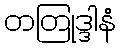
တတြုဒ္ဒါနံ